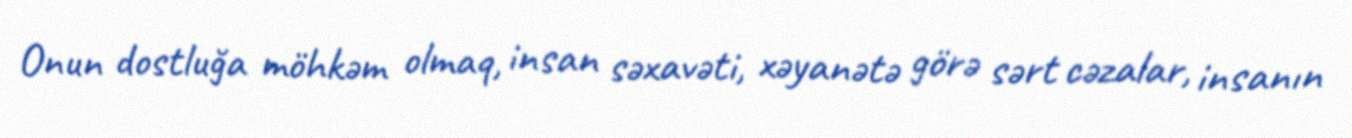
Onun dostluğa möhkəm olmaq, insan səxavəti, xəyanətə görə sərt cəzalar, insanın